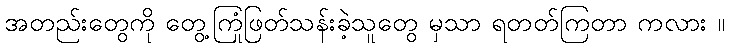
အတည်းတွေကို တွေ့ကြုံဖြတ်သန်းခဲ့သူတွေ မှသာ ရတတ်ကြတာ ကလား ။